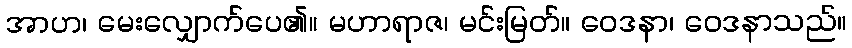
အာဟ၊ မေးလျှောက်ပေ၏။ မဟာရာဇ၊ မင်းမြတ်။ ဝေဒနာ၊ ဝေဒနာသည်။